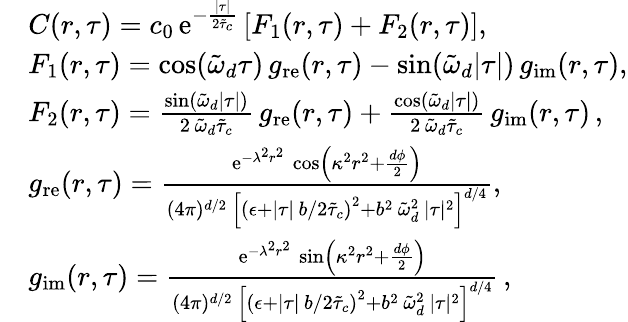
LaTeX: \begin{array}{rl}&{C(r,\tau)=c_{0}\, \mathrm{e}^{-\frac{\lvert\tau\rvert}{2\tilde{\tau}_{c}}}\left[F_{1}(r,\tau)+F_{2}(r,\tau)\right],}\\ &{F_{1}(r,\tau)=\cos(\tilde{\omega}_{d}\tau)\, g_{\mathrm{re}}(r,\tau)-\sin(\tilde{\omega}_{d}\lvert\tau\rvert)\, g_{\mathrm{im}}(r,\tau),}\\ &{F_{2}(r,\tau)=\frac{\sin(\tilde{\omega}_{d}\lvert\tau\rvert)}{2\, \tilde{\omega}_{d}\tilde{\tau}_{c}}\, g_{\mathrm{re}}(r,\tau)+\frac{\cos(\tilde{\omega}_{d}\lvert\tau\rvert)}{2\, \tilde{\omega}_{d}\tilde{\tau}_{c}}\, g_{\mathrm{im}}(r,\tau)\, ,}\\ &{g_{\mathrm{re}}(r,\tau)=\frac{\mathrm{e}^{-\lambda^{2}r^{2}}\, \cos\left(\kappa^{2}r^{2}+\frac{d\phi}{2}\right)}{(4\pi)^{d/2}\, \left[\left(\epsilon+\lvert\tau\rvert\, b/2\tilde{\tau}_{c}\right)^{2}+b^{2}\, \tilde{\omega}_{d}^{2}\, \lvert\tau\rvert^{2}\right]^{d/4}},}\\ &{g_{\mathrm{im}}(r,\tau)=\frac{\mathrm{e}^{-\lambda^{2}r^{2}}\, \sin\left(\kappa^{2}r^{2}+\frac{d\phi}{2}\right)}{(4\pi)^{d/2}\, \left[\left(\epsilon+\lvert\tau\rvert\, b/2\tilde{\tau}_{c}\right)^{2}+b^{2}\, \tilde{\omega}_{d}^{2}\, \lvert\tau\rvert^{2}\right]^{d/4}}\, ,}\end{array}